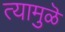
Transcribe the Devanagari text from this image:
त्यामुळॆ